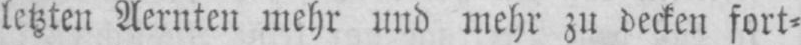
letzten Aernten mehr und mehr zu decken fort⸗